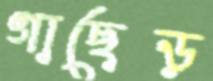
গাছেড়